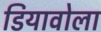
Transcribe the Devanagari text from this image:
डियावोला